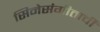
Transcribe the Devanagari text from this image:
सिनेसंगीताची